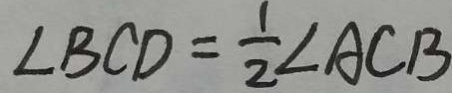
\angle B C D = \frac { 1 } { 2 } \angle A C B